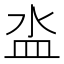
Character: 泴